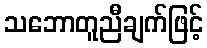
သဘောတူညီချက်ဖြင့်